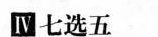
Ⅲ七选五